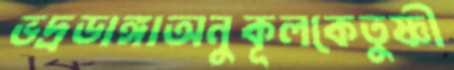
ভদ্রডাঙ্গাঅনুকূলকেতুষ্ণী